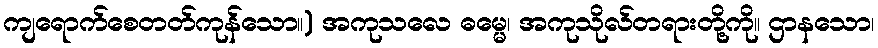
ကျရောက်စေတတ်ကုန်သော။) အကုသလေ ဓမ္မေ၊ အကုသိုလ်တရားတို့ကို။ ဌာနသော၊